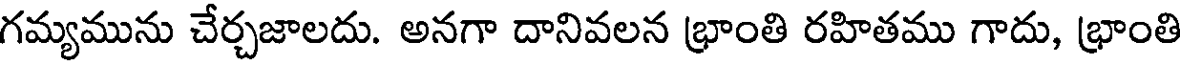
గమ్యమును చేర్చజాలదు. అనగా దానివలన భ్రాంతి రహితము గాదు, భ్రాంతి